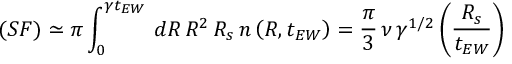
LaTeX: ( S F ) \simeq \pi \int _ { 0 } ^ { \gamma t _ { E W } } \, d R \, R ^ { 2 } \, R _ { s } \, n \left( R , t _ { E W } \right) = \frac { \pi } { 3 } \, \nu \, \gamma ^ { 1 / 2 } \left( \frac { R _ { s } } { t _ { E W } } \right)